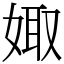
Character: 娵